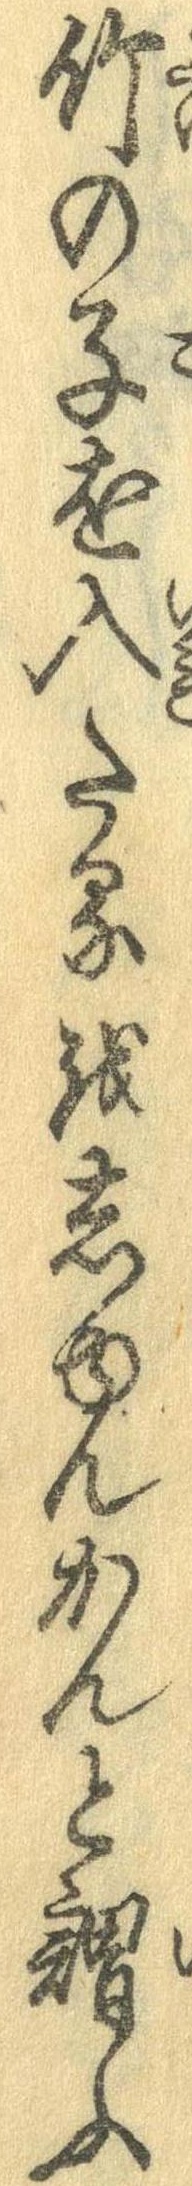
竹の子を入たるをしゅんかんと謂ふ